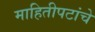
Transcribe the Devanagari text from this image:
माहितीपटांचे